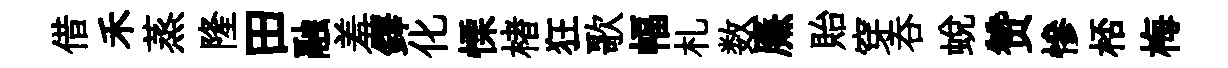
借禾蒸隆田融羞鐸化慄楮狂歌幅札数㢘貽穿呑蜕赞慘桮梅